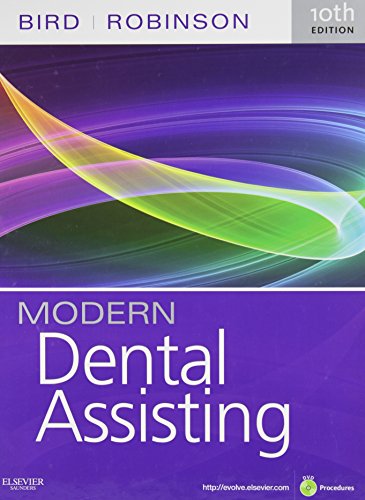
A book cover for Modern Dental Assisting - Text, Workbook, and Boyd: Dental Instruments, 4e Package, 10e; Doni L. Bird CDA  RDA  RDH  MA; Medical Books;